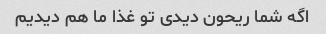
اگه شما ریحون دیدی تو غذا ما هم دیدیم